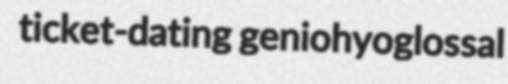
ticket-dating geniohyoglossal